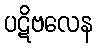
ပဋိဗလေန